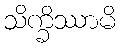
သိက္ခိဿာမိ